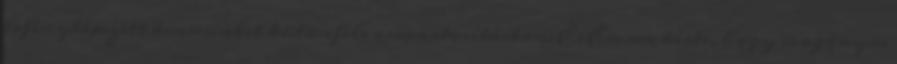
lefényképezett bennünket különféle csoportosításban. És Emma kérte, hogy magányos